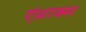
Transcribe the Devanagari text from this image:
एंथ्राक्स